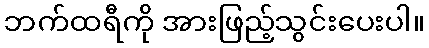
ဘက်ထရီကို အားဖြည့်သွင်းပေးပါ။